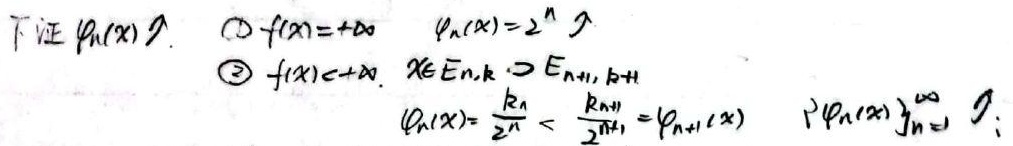
下证\(\varphi_n(x)\uparrow\)。
\textcircled{1} 当\(f(x)=+\infty\)时，\(\varphi_n(x)=2^n\uparrow\)。
\textcircled{2} 当\(f(x)<+\infty\)时，若\(x\in E_{n,k}\)，则\(x\in E_{n + 1,k+1}\)。此时\(\varphi_n(x)=\frac{k_n}{2^n}<\frac{k_{n + 1}}{2^{n+1}}=\varphi_{n + 1}(x)\)，所以\(\{\varphi_n(x)\}_{n = 1}^{\infty}\uparrow\)。